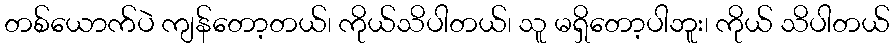
တစ်ယောက်ပဲ ကျန်တော့တယ်၊ ကိုယ်သိပါတယ်၊ သူ မရှိတော့ပါဘူး၊ ကိုယ် သိပါတယ်